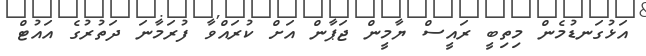
އަޅުގަނޑުމެން މިތިބީ ރައީސް ޔާމީން ޖަޕާން އަށް ކުރައްވާ ފުރަމާނަ ދަތުރުގެ އައުޓް